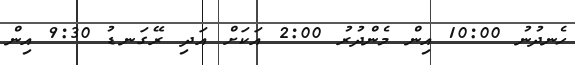
ހެނދުނު 10:00 އިން މެންދުރު 2:00 އަކަށް އަދި ރޭގަނޑު 9:30 އިން